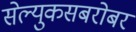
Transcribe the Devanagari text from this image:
सेल्युकसबरोबर